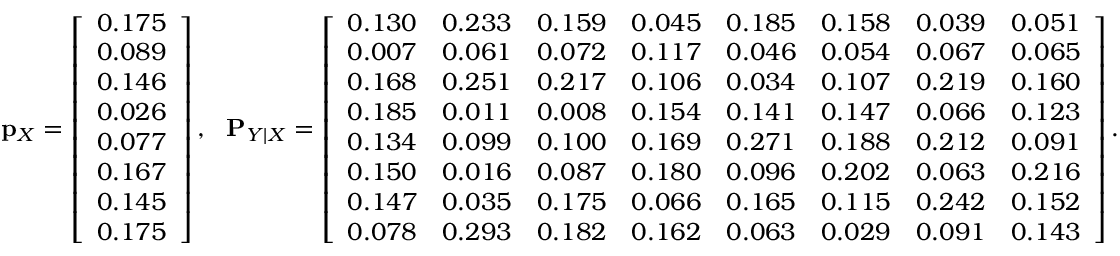
\mathbf { p } _ { X } = \left[ \begin{array} { l } { 0 . 1 7 5 } \\ { 0 . 0 8 9 } \\ { 0 . 1 4 6 } \\ { 0 . 0 2 6 } \\ { 0 . 0 7 7 } \\ { 0 . 1 6 7 } \\ { 0 . 1 4 5 } \\ { 0 . 1 7 5 } \end{array} \right] , \ \ \mathbf { P } _ { Y | X } = \left[ \begin{array} { l l l l l l l l } { 0 . 1 3 0 } & { 0 . 2 3 3 } & { 0 . 1 5 9 } & { 0 . 0 4 5 } & { 0 . 1 8 5 } & { 0 . 1 5 8 } & { 0 . 0 3 9 } & { 0 . 0 5 1 } \\ { 0 . 0 0 7 } & { 0 . 0 6 1 } & { 0 . 0 7 2 } & { 0 . 1 1 7 } & { 0 . 0 4 6 } & { 0 . 0 5 4 } & { 0 . 0 6 7 } & { 0 . 0 6 5 } \\ { 0 . 1 6 8 } & { 0 . 2 5 1 } & { 0 . 2 1 7 } & { 0 . 1 0 6 } & { 0 . 0 3 4 } & { 0 . 1 0 7 } & { 0 . 2 1 9 } & { 0 . 1 6 0 } \\ { 0 . 1 8 5 } & { 0 . 0 1 1 } & { 0 . 0 0 8 } & { 0 . 1 5 4 } & { 0 . 1 4 1 } & { 0 . 1 4 7 } & { 0 . 0 6 6 } & { 0 . 1 2 3 } \\ { 0 . 1 3 4 } & { 0 . 0 9 9 } & { 0 . 1 0 0 } & { 0 . 1 6 9 } & { 0 . 2 7 1 } & { 0 . 1 8 8 } & { 0 . 2 1 2 } & { 0 . 0 9 1 } \\ { 0 . 1 5 0 } & { 0 . 0 1 6 } & { 0 . 0 8 7 } & { 0 . 1 8 0 } & { 0 . 0 9 6 } & { 0 . 2 0 2 } & { 0 . 0 6 3 } & { 0 . 2 1 6 } \\ { 0 . 1 4 7 } & { 0 . 0 3 5 } & { 0 . 1 7 5 } & { 0 . 0 6 6 } & { 0 . 1 6 5 } & { 0 . 1 1 5 } & { 0 . 2 4 2 } & { 0 . 1 5 2 } \\ { 0 . 0 7 8 } & { 0 . 2 9 3 } & { 0 . 1 8 2 } & { 0 . 1 6 2 } & { 0 . 0 6 3 } & { 0 . 0 2 9 } & { 0 . 0 9 1 } & { 0 . 1 4 3 } \end{array} \right] .